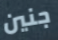
جنين